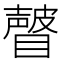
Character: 𰦂